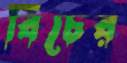
বিচের